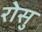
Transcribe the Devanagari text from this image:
रोसु